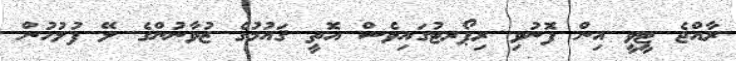
ރާއްޖެ ޓީވީ އިން ފޮނުވި ރިޕޯރޓުގައިވެސް އޮތީ ޤައުމުގެ ޒުވާނުންގެ ލޭ ފުލުހުން